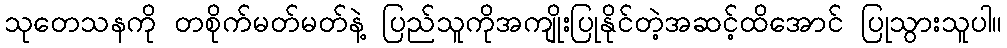
သုတေသနကို တစိုက်မတ်မတ်နဲ့ ပြည်သူကိုအကျိုးပြုနိုင်တဲ့အဆင့်ထိအောင် ပြုသွားသူပါ။